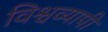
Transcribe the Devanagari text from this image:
विश्वव्‍यापी